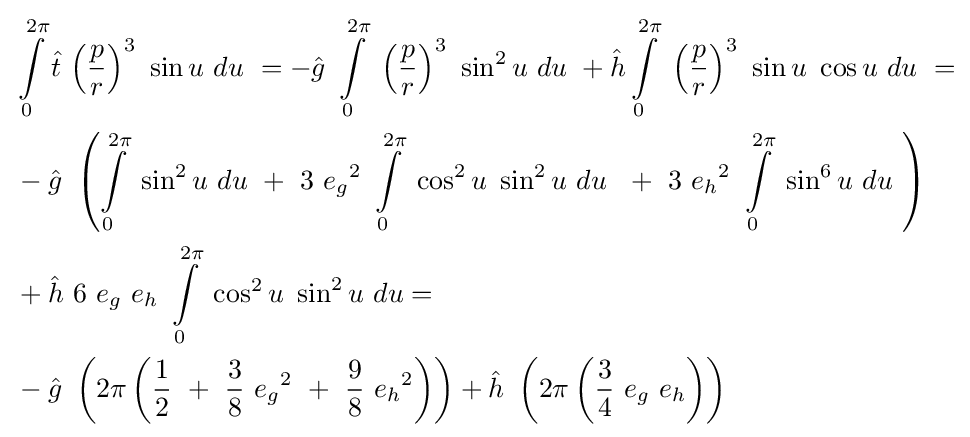
{\begin{aligned}&\int \limits _{0}^{2\pi }{\hat {t}}\ {\left({\frac {p}{r}}\right)}^{3}\ \sin u\ du\ =-{\hat {g}}\ \int \limits _{0}^{2\pi }\ {\left({\frac {p}{r}}\right)}^{3}\ \sin ^{2}u\ du\ +{\hat {h}}\int \limits _{0}^{2\pi }\ {\left({\frac {p}{r}}\right)}^{3}\ \sin u\ \cos u\ du\ =\\&-{\hat {g}}\ \left(\int \limits _{0}^{2\pi }\ \sin ^{2}u\ du\ +\ 3\ {e_{g}}^{2}\ \int \limits _{0}^{2\pi }\ \cos ^{2}u\ \sin ^{2}u\ du\ \ +\ 3\ {e_{h}}^{2}\ \int \limits _{0}^{2\pi }\ \sin ^{6}u\ du\ \right)\\&+{\hat {h}}\ 6\ e_{g}\ e_{h}\ \int \limits _{0}^{2\pi }\ \cos ^{2}u\ \sin ^{2}u\ du=\\&-{\hat {g}}\ \left(2\pi \left({\frac {1}{2}}\ +\ {\frac {3}{8}}\ {e_{g}}^{2}\ +\ {\frac {9}{8}}\ {e_{h}}^{2}\right)\right)+{\hat {h}}\ \left(2\pi \left({\frac {3}{4}}\ e_{g}\ e_{h}\right)\right)\end{aligned}}